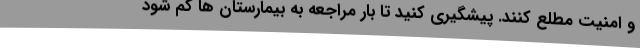
و امنیت مطلع کنند. پیشگیری کنید تا بار مراجعه به بیمارستان ها کم شود